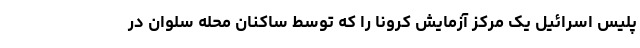
پلیس اسرائیل یک مرکز آزمایش کرونا را که توسط ساکنان محله سلوان در